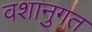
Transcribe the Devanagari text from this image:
वशानुगत